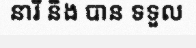
នារី និង បាន ទទួល